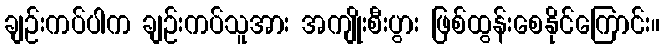
ချဉ်းကပ်ပါက ချဉ်းကပ်သူအား အကျိုးစီးပွား ဖြစ်ထွန်းစေနိုင်ကြောင်း။